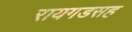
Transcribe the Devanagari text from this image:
रायगडसह